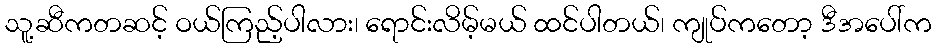
သူ့ဆီကတဆင့် ဝယ်ကြည့်ပါလား၊ ရောင်းလိမ့်မယ် ထင်ပါတယ်၊ ကျုပ်ကတော့ ဒီအပေါ်က